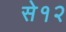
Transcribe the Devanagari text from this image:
से१२